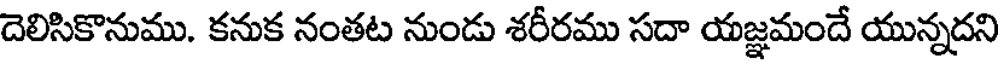
దెలిసికొనుము. కనుక నంతట నుండు శరీరము సదా యజ్ఞమందే యున్నదని